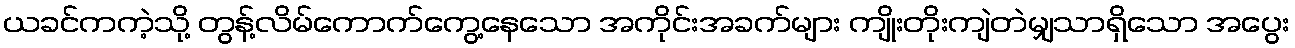
ယခင်ကကဲ့သို့ တွန့်လိမ်ကောက်ကွေ့နေသော အကိုင်းအခက်များ ကျိုးတိုးကျဲတဲမျှသာရှိသော အပွေး